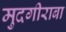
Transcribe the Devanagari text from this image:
मुदगीराबा